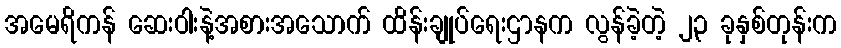
အမေရိကန် ဆေးဝါးနဲ့အစားအသောက် ထိန်းချုပ်ရေးဌာနက လွန်ခဲ့တဲ့ ၂၃ ခုနှစ်တုန်းက